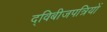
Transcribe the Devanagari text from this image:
द्विबीजपत्रियों